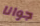
جوانا